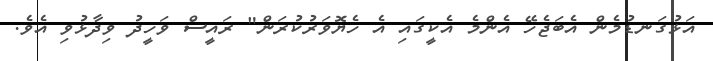
އަޅުގަނޑުމެން އެބަޖެހޭ އެންމެ އެކީގައި އެ ހެޔޮވަރުކުރަން" ރައީސް ވަހީދު ވިދާޅުވި އެވެ.